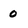
Character: 0